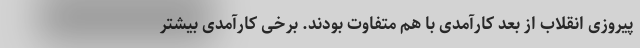
پیروزی انقلاب از بعد کارآمدی با هم متفاوت بودند. برخی کارآمدی بیشتر